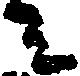
ミ